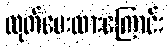
ထုတ်ပေးထားကြောင်း